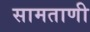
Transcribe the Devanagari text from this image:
सामताणी